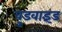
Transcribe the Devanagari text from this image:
वुडवाइंड